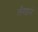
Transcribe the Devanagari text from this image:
लँगड़ाने